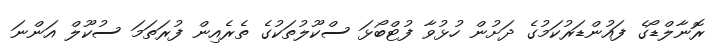
ރޮނާލްޑޯގެ ފައުންޑަރުކަމުގެ ދަށުން ހުޅުވާ ފުޓްބޯޅަ ސްކޫލުތަކުގެ ތެރެއިން ފުރަތަމަ ސުކޫލް އަންނަ